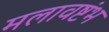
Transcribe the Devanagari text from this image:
मलावष्टंभ